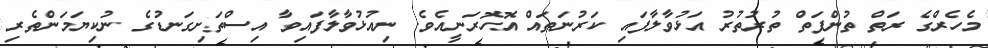
މެހެރްގެ ރަތް ތުންފަތް ތުރުތުރު އަޅުވާލާފައި ކަރުނަތައް އޮހޮރަނީއެވެ. ނިއުޅުވާލާފައިވާ އިސްތަށިގަނޑުގެ ނުކިޔަމަންތެރި